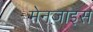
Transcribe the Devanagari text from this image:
मेनज़ाइस